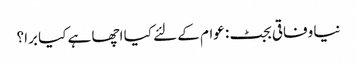
نیا وفاقی بجٹ: عوام کے لئے کیا اچھا ہے کیا برا؟